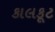
કાલકૂટ